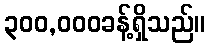
၃၀၀,၀၀၀ခန့်ရှိသည်။